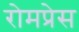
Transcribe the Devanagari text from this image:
रोमप्रेस